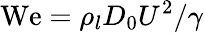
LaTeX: \mathrm{We}=\rho_{l}D_{0}U^{2}/\gamma